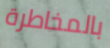
بالمخاطرة